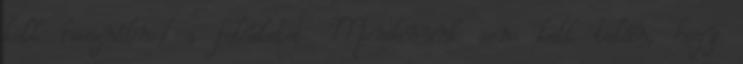
kell használnod a felületet. Mondanunk sem kell talán, hogy